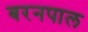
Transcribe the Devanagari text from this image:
बरनपाल